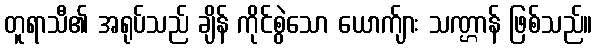
တူရာသီ၏ အရုပ်သည် ချိန် ကိုင်စွဲသော ယောက်ျား သဏ္ဌာန် ဖြစ်သည်။